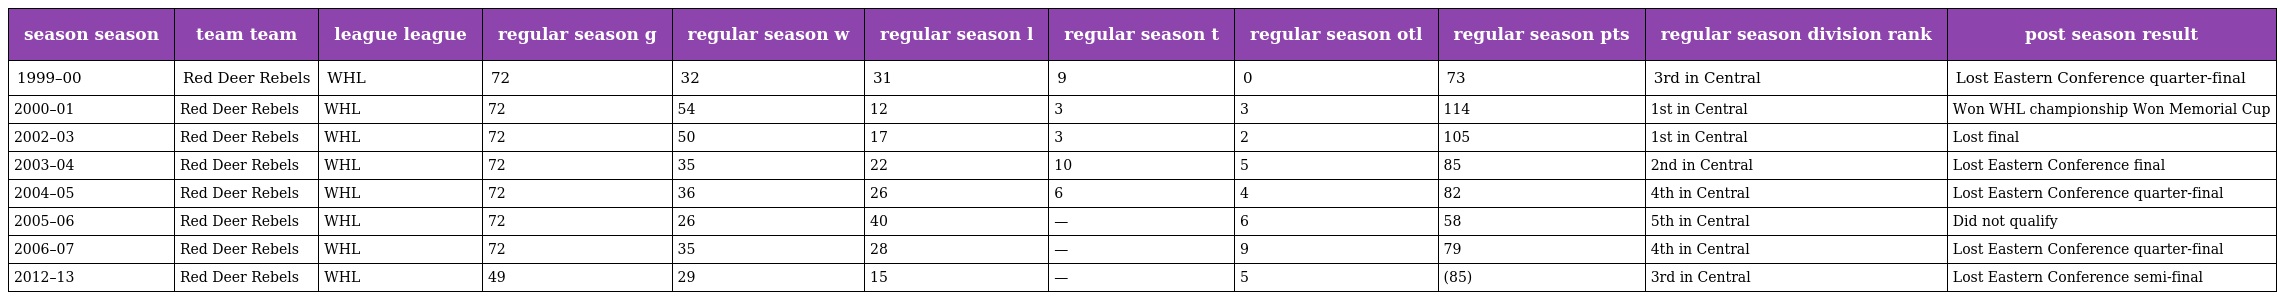
| season season | team team | league league | regular season g | regular season w | regular season l | regular season t | regular season otl | regular season pts | regular season division rank | post season result |
 | --- | --- | --- | --- | --- | --- | --- | --- | --- | --- | --- |
 | 1999–00 | Red Deer Rebels | WHL | 72 | 32 | 31 | 9 | 0 | 73 | 3rd in Central | Lost Eastern Conference quarter-final |
 | 2000–01 | Red Deer Rebels | WHL | 72 | 54 | 12 | 3 | 3 | 114 | 1st in Central | Won WHL championship Won Memorial Cup |
 | 2002–03 | Red Deer Rebels | WHL | 72 | 50 | 17 | 3 | 2 | 105 | 1st in Central | Lost final |
 | 2003–04 | Red Deer Rebels | WHL | 72 | 35 | 22 | 10 | 5 | 85 | 2nd in Central | Lost Eastern Conference final |
 | 2004–05 | Red Deer Rebels | WHL | 72 | 36 | 26 | 6 | 4 | 82 | 4th in Central | Lost Eastern Conference quarter-final |
 | 2005–06 | Red Deer Rebels | WHL | 72 | 26 | 40 | — | 6 | 58 | 5th in Central | Did not qualify |
 | 2006–07 | Red Deer Rebels | WHL | 72 | 35 | 28 | — | 9 | 79 | 4th in Central | Lost Eastern Conference quarter-final |
 | 2012–13 | Red Deer Rebels | WHL | 49 | 29 | 15 | — | 5 | (85) | 3rd in Central | Lost Eastern Conference semi-final |